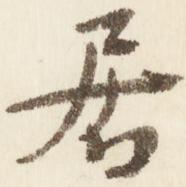
居